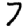
Digit: 7